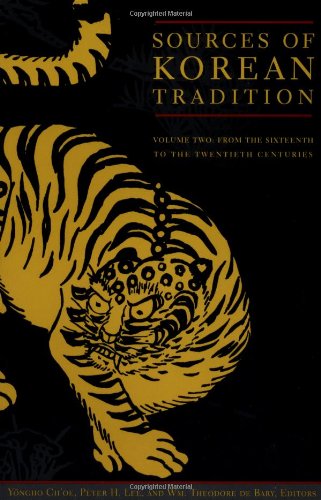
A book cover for Sources of Korean Tradition, Vol. 2: From the Sixteenth to the Twentieth Centuries; Peter H. Lee; History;